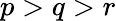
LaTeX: p>q>r